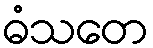
ဓံသတေ